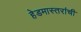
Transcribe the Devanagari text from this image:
हेडमास्तरांची